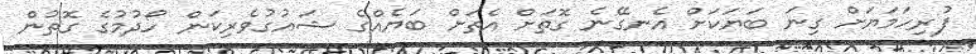
ފުރިހަމަޔަށް ގިނަ ބަޔަކަށް އެނގޭނެ ގޮތަށް އެތަށް ބަޔެއްގެ ޝައުގުވެރިކަން ހޯދުމުގެ ގޮތުން